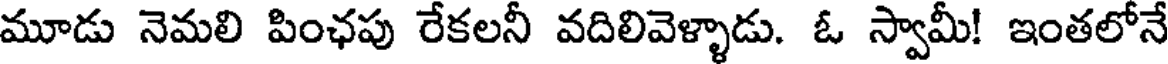
మూడు నెమలి పింఛపు రేకలనీ వదిలివెళ్ళాడు. ఓ స్వామీ! ఇంతలోనే